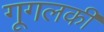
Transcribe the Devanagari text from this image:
गूगलकी